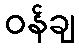
ဝန်ချ